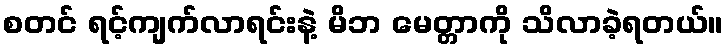
စတင် ရင့်ကျက်လာရင်းနဲ့ မိဘ မေတ္တာကို သိလာခဲ့ရတယ်။